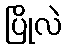
ပြိုလဲ